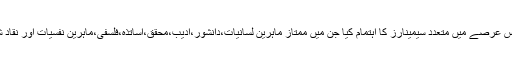
انھوں نے اس عرصے میں متعدد سیمینارز کا اہتمام کیا جن میں ممتاز ماہرین لسانیات،دانشور،ادیب،محقق،اساتذہ،فلسفی،ماہرین نفسیات اور نقاد شامل ہوئے۔